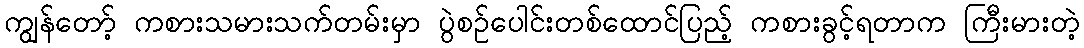
ကျွန်တော့် ကစားသမားသက်တမ်းမှာ ပွဲစဉ်ပေါင်းတစ်ထောင်ပြည့် ကစားခွင့်ရတာက ကြီးမားတဲ့